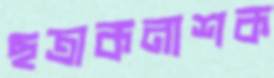
ছত্রাকনাশক